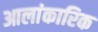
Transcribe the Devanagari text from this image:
आलांकारिक